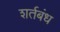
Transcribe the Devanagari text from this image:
शर्तबंध